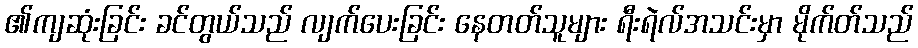
၏ကျဆုံးခြင်း ခင်တွယ်သည် လျက်ပေးခြင်း နေတတ်သူများ ရီးရဲလ်အသင်းမှာ မိုက်တ်သည်